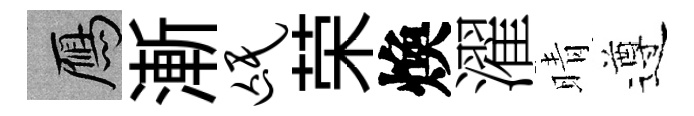
鴈漸氓荣煥濯晴遵